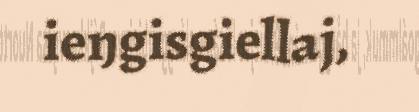
ieŋgisgiellaj,